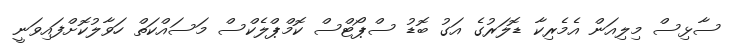
ސާޅިސް މިލިއަން އެމެރިކާ ޑޮލަރުގެ އަގު ބޮޑު ސްޕޯޓްސް ކޮމްޕްލެކްސް މަސައްކަތް ހަވާލުކޮށްފައިވަނީ